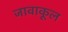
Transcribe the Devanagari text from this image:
जावाकूल